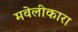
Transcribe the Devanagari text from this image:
मवेलीकारा